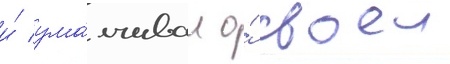
и́ ума́лчивал о́ своеи